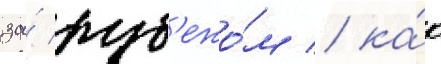
за́ руб'ежо́м / ка́к